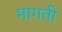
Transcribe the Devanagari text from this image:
मागती